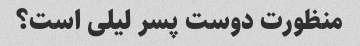
منظورت دوست پسر لیلی است؟